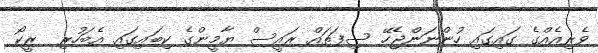
ވެރިއެއްގެ ގައިގައި ހުންނަންޖެހޭ ސިފަތައް ރައީސް ޔާމީންގެ ކިބައިގައި އެބަހުރި  ރީކޯ